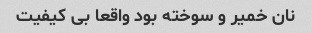
نان خمیر و سوخته بود واقعا بی کیفیت